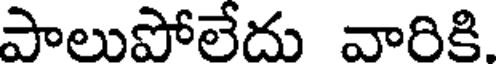
పాలుపోలేదు వారికి